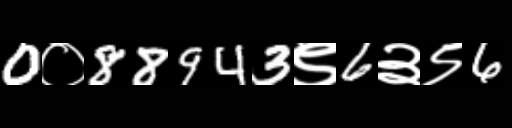
Text: 0०88943९6३९6